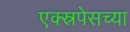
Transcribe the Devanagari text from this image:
एक्स्रपेसच्या